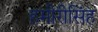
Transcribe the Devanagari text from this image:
हमीरीसिंह